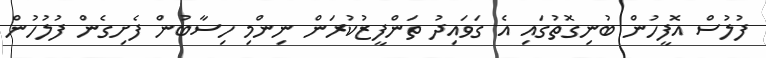
ފުލުސް އޮފީހުން ބުނިގޮތުގައި އެ ގަވައިދު ތަންފީޒުކުރަން ނިންމި ހިސާބުން ފެށިގެން ފުލުހުން